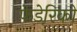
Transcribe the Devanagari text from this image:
फेडेरिको